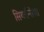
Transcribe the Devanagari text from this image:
सियान्सिया